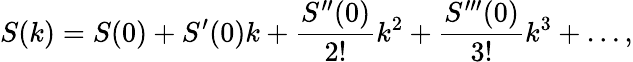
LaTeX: S(k)=S(0)+S^{\prime}(0)k+\frac{S^{\prime\prime}(0)}{2!}k^{2}+\frac{S^{\prime\prime\prime}(0)}{3!}k^{3}+\dotsc,